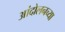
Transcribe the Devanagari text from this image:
आंदोलनच्या